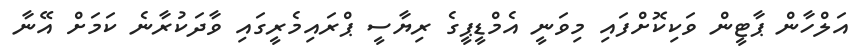
އަލްހާން ޕާޓީން ވަކިކޮށްފައި މިވަނީ އެމްޑީޕީގެ ރިޔާސީ ޕްރައިމެރީގައި ވާދަކުރާނެ ކަމަށް އޭނާ